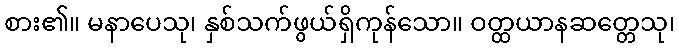
စား၏။ မနာပေသု၊ နှစ်သက်ဖွယ်ရှိကုန်သော။ ဝတ္ထယာနဆတ္တေသု၊